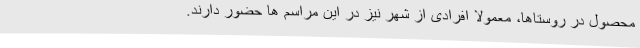
محصول در روستاها، معمولا افرادی از شهر نیز در این مراسم ها حضور دارند.